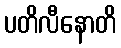
ပတိလီနောတိ